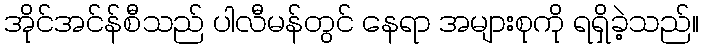
အိုင်အင်န်စီသည် ပါလီမန်တွင် နေရာ အများစုကို ရရှိခဲ့သည်။